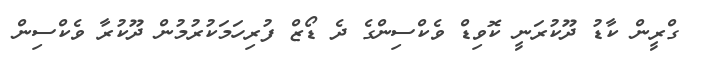
ގްރީން ކާޑު ދޫކުރަނީ ކޮވިޑް ވެކްސިންގެ ދެ ޑޯޒް ފުރިހަމަކުރުމުން ދޫކުރާ ވެކްސިން